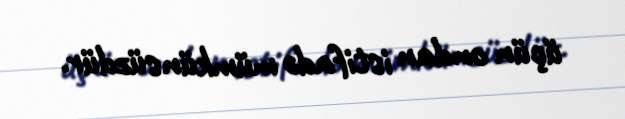
üçün ondan istifadə mümkünsüzdür.